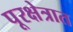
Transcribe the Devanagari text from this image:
पूरक्षेत्रात